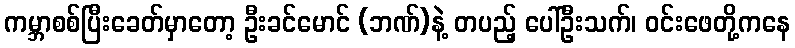
ကမ္ဘာစစ်ပြီးခေတ်မှာတော့ ဦးခင်မောင် (ဘဏ်)နဲ့ တပည့် ပေါ်ဦးသက်၊ ဝင်းဖေတို့ကနေ